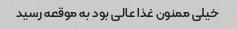
خیلی ممنون غذا عالی بود به موقعه رسید